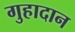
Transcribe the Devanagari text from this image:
गुहादान